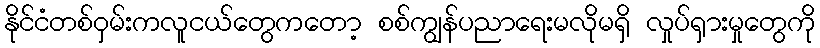
နိုင်ငံတစ်ဝှမ်းကလူငယ်တွေကတော့ စစ်ကျွန်ပညာရေးမလိုမရှိ လှုပ်ရှားမှုတွေကို